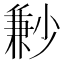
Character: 㝺